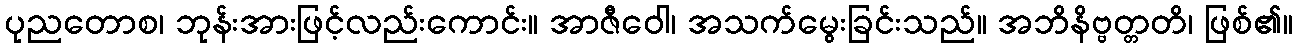
ပုညတောစ၊ ဘုန်းအားဖြင့်လည်းကောင်း။ အာဇီဝေါ၊ အသက်မွေးခြင်းသည်။ အဘိနိဗ္ဗတ္တတိ၊ ဖြစ်၏။